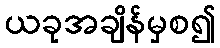
ယခုအချိန်မှစ၍